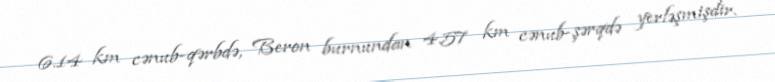
6.14 km cənub-qərbdə, Beron burnundan 4.57 km cənub-şərqdə yerləşmişdir.